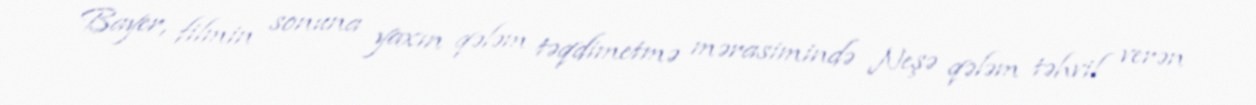
Bayer, filmin sonuna yaxın qələm təqdimetmə mərasimində Neşə qələm təhvil verən